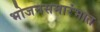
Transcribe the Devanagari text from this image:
भोजनसमारंभात